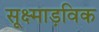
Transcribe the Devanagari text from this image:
सूक्ष्माड़विक